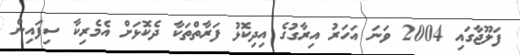
ފަލޫޖާގައި 2004 ވަނަ އަހަރު އިރާގުގެ އިދިކޮޅު ފަރާތްތަކާ ދެކޮޅަށް އެމެރިކާ ސިފައިން